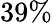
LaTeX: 39\%